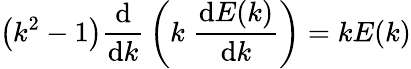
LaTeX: \left(k^{2}-1\right){\frac{\mathrm{d}}{\mathrm{d}k}}\left(k\; {\frac{\mathrm{d}E(k)}{\mathrm{d}k}}\right)=kE(k)